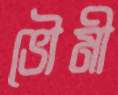
ভৌমী